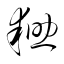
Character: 耝